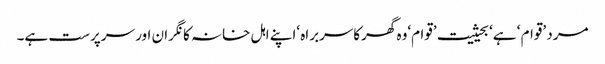
مرد ’قوام ‘ ہے‘ بحیثیت ’قوام‘وہ گھرکاسربراہ ‘اپنے اہل خانہ کا نگران اور سرپرست ہے۔